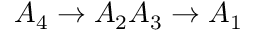
A _ { 4 } \rightarrow A _ { 2 } A _ { 3 } \rightarrow A _ { 1 }